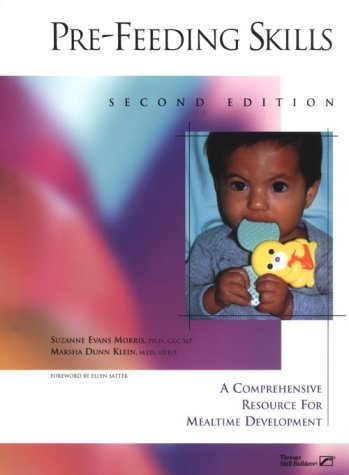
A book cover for Pre-Feeding Skills: A Comprehensive Resources for Mealtime Development; Suzanne Evans Morris; Medical Books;